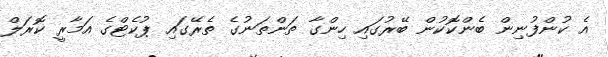
އެ ކުންފުނިން ބެންކޮކުން ބޭރުގައި ހިންގާ ތަންތަނުގެ ތެރޭގައި ޕުކެޓްގެ އަމާރީ ކޮރަލް